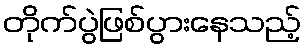
တိုက်ပွဲဖြစ်ပွားနေသည့်